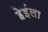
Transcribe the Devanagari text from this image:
हेइंला